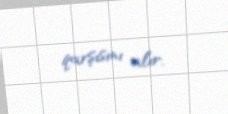
qarşısını alır.